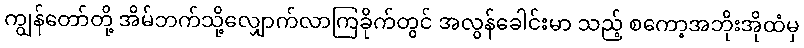
ကျွန်တော်တို့ အိမ်ဘက်သို့လျှောက်လာကြခိုက်တွင် အလွန်ခေါင်းမာ သည့် စကော့အဘိုးအိုထံမှ